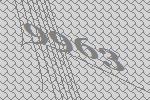
9963